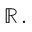
\mathbb { R } \, .